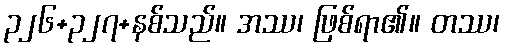
၃၂၆+၃၂၇+နစ်သည်။ အဿ၊ ဖြစ်ရာ၏။ တဿ၊